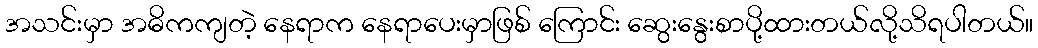
အသင်းမှာ အဓိကကျတဲ့ နေရာက နေရာပေးမှာဖြစ် ကြောင်း ဆွေးနွေးစာပို့ထားတယ်လို့သိရပါတယ်။